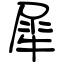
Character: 犀